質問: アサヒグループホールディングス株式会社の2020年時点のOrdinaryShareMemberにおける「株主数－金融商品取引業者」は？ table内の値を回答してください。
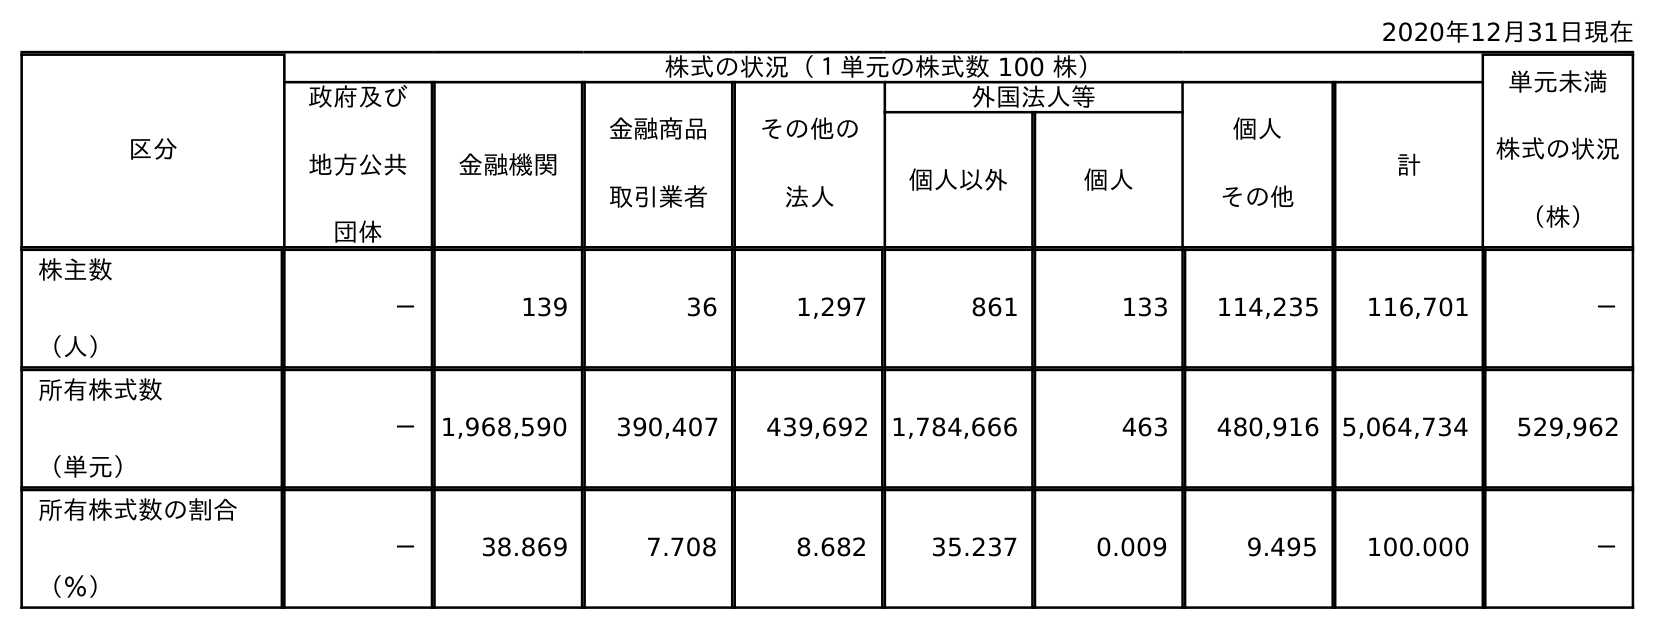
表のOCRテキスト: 2020年12月31日現在 区分 株式の状況（１単元の株式数 100 株） 単元未満 株式の状況 （株） 政府及び 地方公共 団体 金融機関 金融商品 取引業者 その他の 法人 外国法人等 個人 その他 計 個人以外 個人 株主数 （人） － 139 36 1,297 861 133 114,235 116,701 － 所有株式数 （単元） － 1,968,590 390,407 439,692 1,784,666 463 480,916 5,064,734 529,962 所有株式数の割合 （％） － 38.869 7.708 8.682 35.237 0.009 9.495 100.000 －
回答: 36